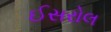
ઈસરોલ